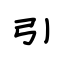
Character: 引